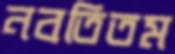
নবতিতম